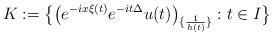
LaTeX: \begin{align*}K:= \bigl\{ \bigl(e^{-ix\xi(t)} e^{-it \Delta} u(t)\bigr)_{\{\frac{1}{h(t)}\}}: t \in I \bigr\}\end{align*}